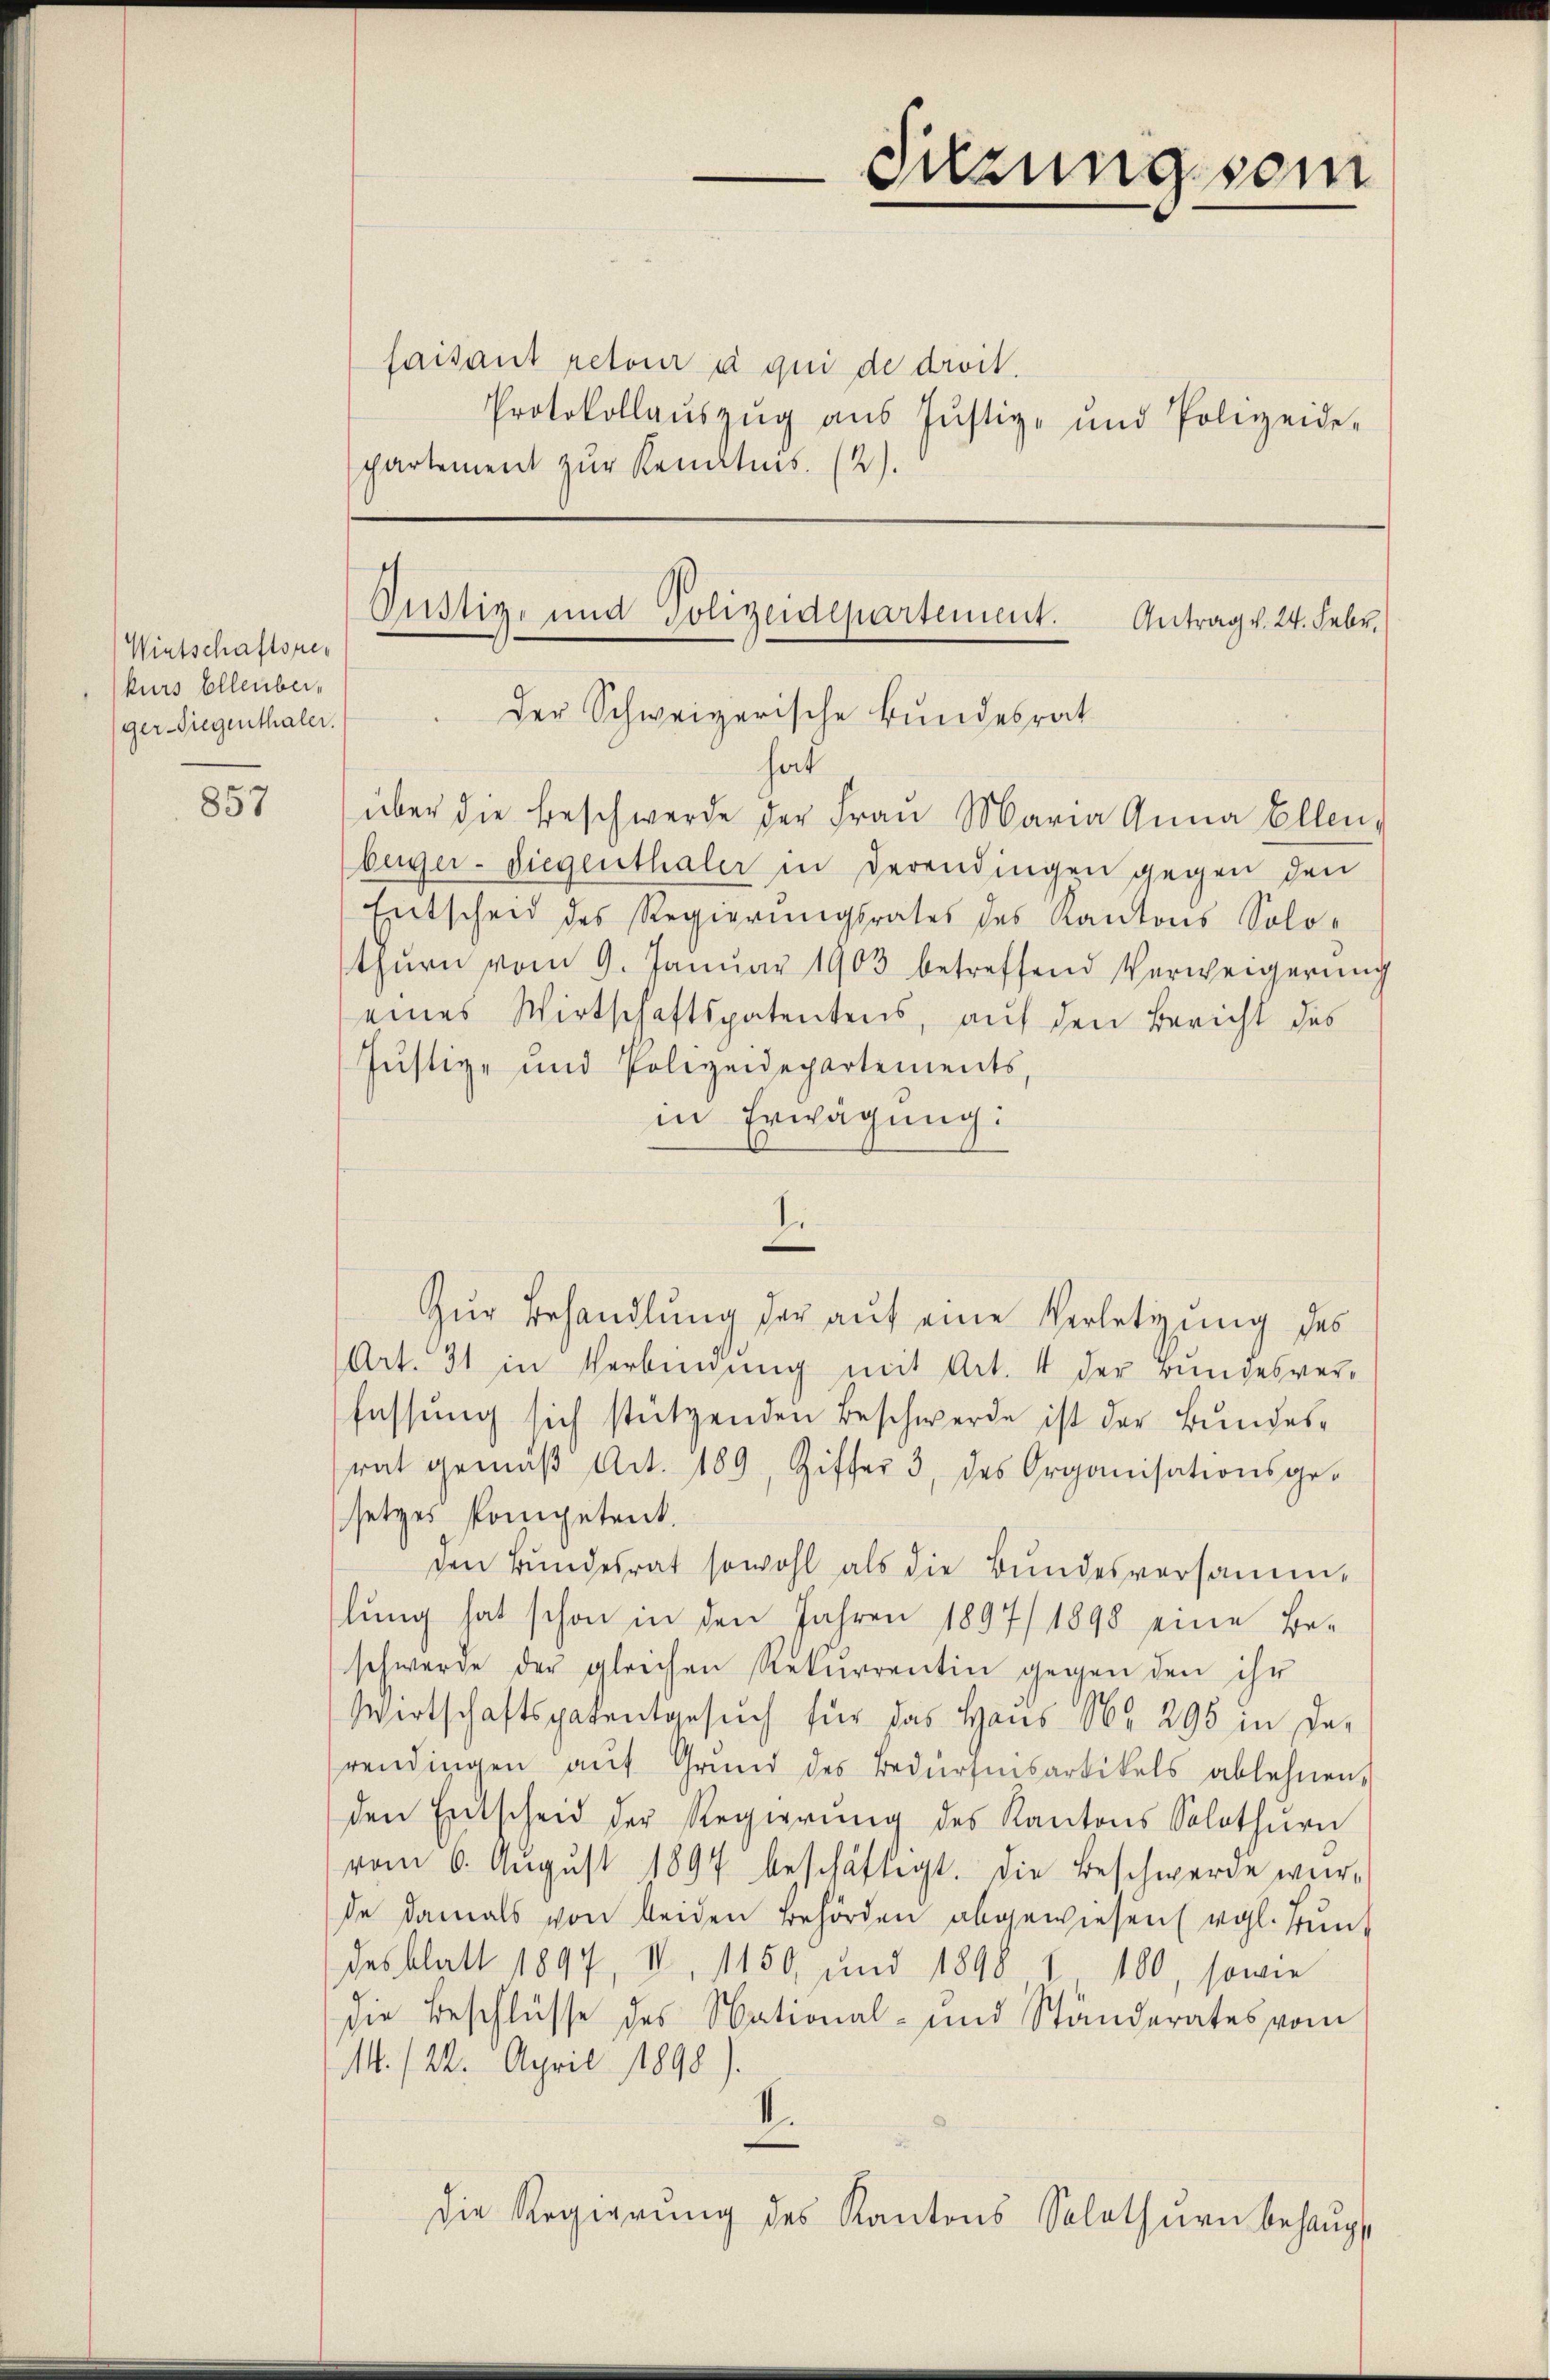
Wintschaftsper
kurs Ellenberger-Siegenthaler.

857

faisant retour à qui de droit.
Protokollaŭszŭg aŭs Jŭstiz- und Polizeide-
partement zur Renatis. (2).

hat
über die Beschwerde der Frau Maria Anna Ellen,
berger-Diegenthaler in derendingen gegen den
Entscheid des Regierungsrates des Kantons Solo-
thurn vom 9. Januar 1903 betreffend Verweigerŭng
eines Wirtschaftspatentens, auf den Bericht des
Justiz- und Polizeidepartements,
in Erwägung:
Zur Behandlung der auf eine Verletzung des
Art. 31 in Verbindung mit Art. 4 der Bundesverfassung sich stützenden Beschwerde ist der Bundesrat gemäβ Art. 189, Ziffer 3, des Organisationsge-
setzes kompetent.
den Bundesrat sowohl als die Bundesversamm-
lung hat schon in den Jahren 1897/ 1898 eine Beschwerde der gleichen Rekurrentin gegen den ihr
Wirtschaftspatentgesuch für das Haus Nr. 295 in De-
rendingen aŭf Grŭnd des Bedürfnisartikels ablehnen,
den Entscheid der Regierŭng des Kantons Solothurn
vom 6. Aŭgŭst 1897 beschäftigt. Die Beschwerde wür-
de damals von beiden Behörden abgewiesen vgl. Tunt
desblatt 1897, II. 1150 und 1898 1 100, sowie
die Beschlüsse des National- und Ständerates vom
M./22. April 1898).
II.
die Regierung des Kantons Solothurn behaupt

Oustiz- und Polizeidepartement.
Antrag v. 24. Febr.
Der Schweizerische Bundesrat

I

Sitzung sein